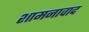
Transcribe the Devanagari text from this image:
शामनावाद